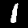
Label: 1